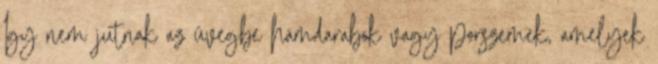
Így nem jutnak az üvegbe hámdarabok vagy porszemek, amelyek